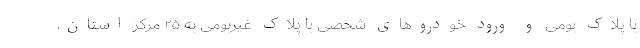
با پلاک بومی و ورود خودرو‌های شخصی با پلاک غیربومی به ۲۵ مرکز استان،